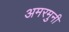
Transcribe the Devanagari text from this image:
अमरमुनी